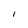
Character: I